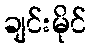
ချင်းမိုင်